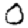
Digit: 0